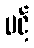
ပင့်